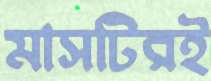
মাসটিরই